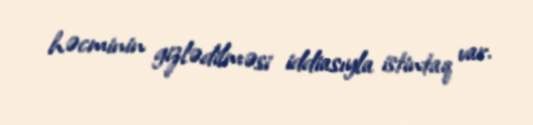
həcminin gizlədilməsi iddiasıyla istintaq var.